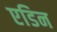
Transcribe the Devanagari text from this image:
एडिन